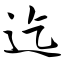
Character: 迄